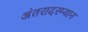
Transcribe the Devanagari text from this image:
अंतरादरम्यान